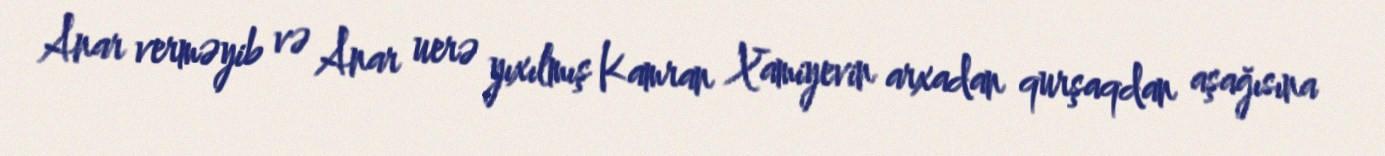
Anar verməyib və Anar uerə yıxılmış Kamran Xamiyevin arxadan qurşaqdan aşağısına